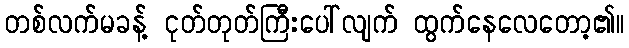
တစ်လက်မခန့် ငုတ်တုတ်ကြီးပေါ်လျက် ထွက်နေလေတော့၏။